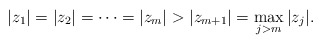
\begin{align*} |z_1|=|z_2|=\cdots=|z_m|>|z_{m+1}|=\max_{j>m}|z_j|. \end{align*}